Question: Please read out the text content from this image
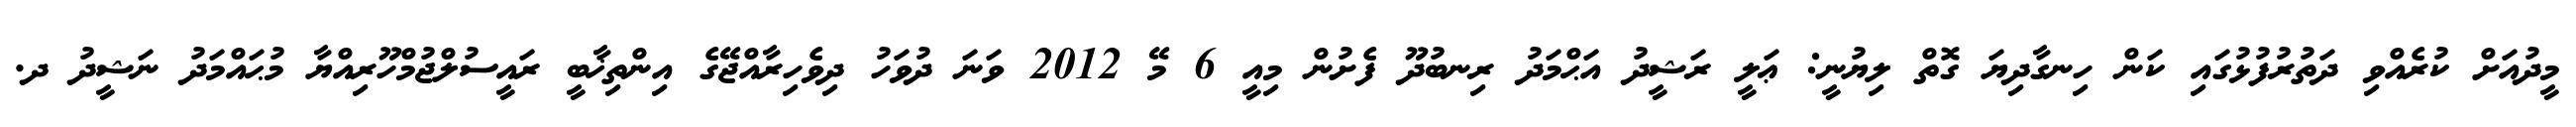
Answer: މީދުއަށް ކުރެއްވި ދަތުރުފުޅުގައި ކަން ހިނގާދިޔަ ގޮތް ލިޔުނީ: ޢަލީ ރަޝީދު އަޙްމަދު ރިނބުދޫ ފެށުން މިއީ 6 މޭ 2012 ވަނަ ދުވަހު ދިވެހިރާއްޖޭގެ އިންތިޚާބީ ރައީސުލްޖުމްހޫރިއްޔާ މުޙައްމަދު ނަޝީދު ދ.